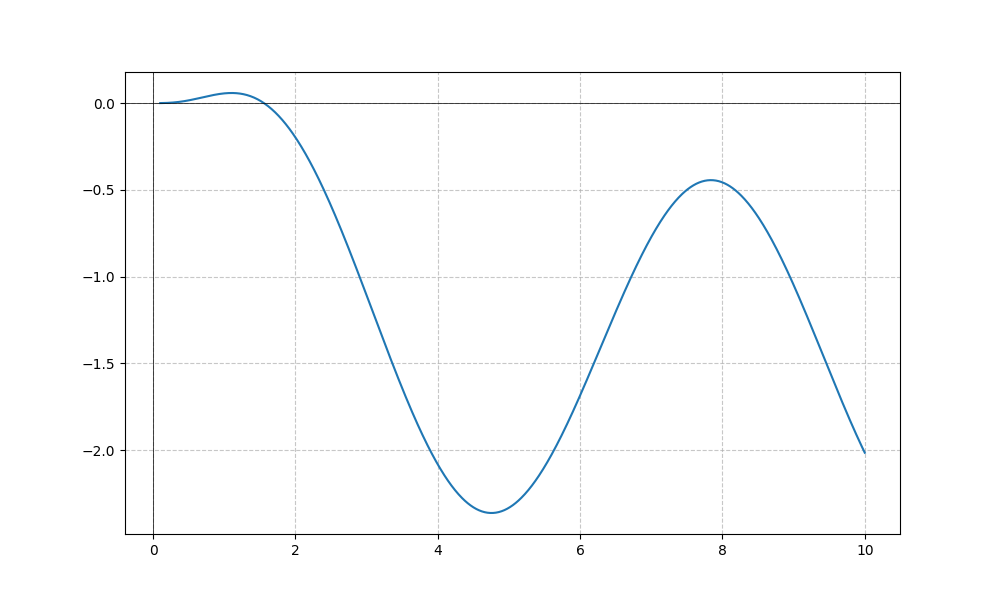
LaTeX formula: \sin{\left(x \right)} - \operatorname{atan}{\left(x \right)}